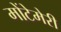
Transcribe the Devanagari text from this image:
मोंटेमेरी